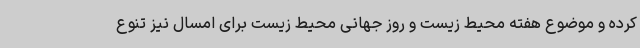
کرده و موضوع هفته محیط زیست و روز جهانی محیط زیست برای امسال نیز تنوع